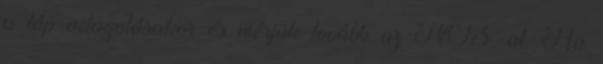
a táp adagolásakor és mérjük tovább az NO3-at. Ha